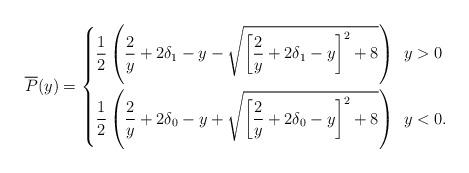
LaTeX: \begin{align*} \overline P(y)= \left\{ \begin{aligned} \frac{1}{2}\left(\frac{2}{y}+2\delta_1-y-\sqrt{\left[\frac{2}{y}+2\delta_1-y\right]^2+8}\right) & \ \ y>0 \\ \frac{1}{2}\left(\frac{2}{y}+2\delta_0-y+\sqrt{\left[\frac{2}{y}+2\delta_0-y\right]^2+8}\right) & \ \ y<0. \end{aligned} \right.\end{align*}